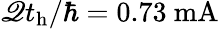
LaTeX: \mathscr{Q}t_{\mathrm{{h}}}/\hbar=0.73~\mathrm{{mA}}